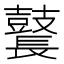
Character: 鼚